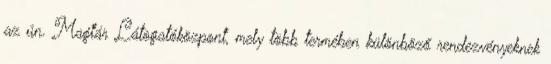
az ún. Magtár Látogatóközpont, mely több termében különböző rendezvényeknek